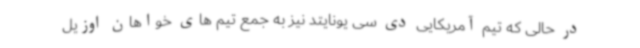
در حالی که تیم آمریکایی دی سی یونایتد نیز به جمع تیم های خواهان اوزیل